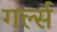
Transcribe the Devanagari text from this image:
गर्ल्‍स